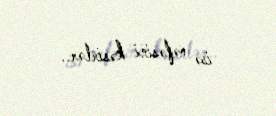
isə nəfəsini kəsirlər..